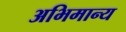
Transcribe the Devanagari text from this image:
अभिमान्य